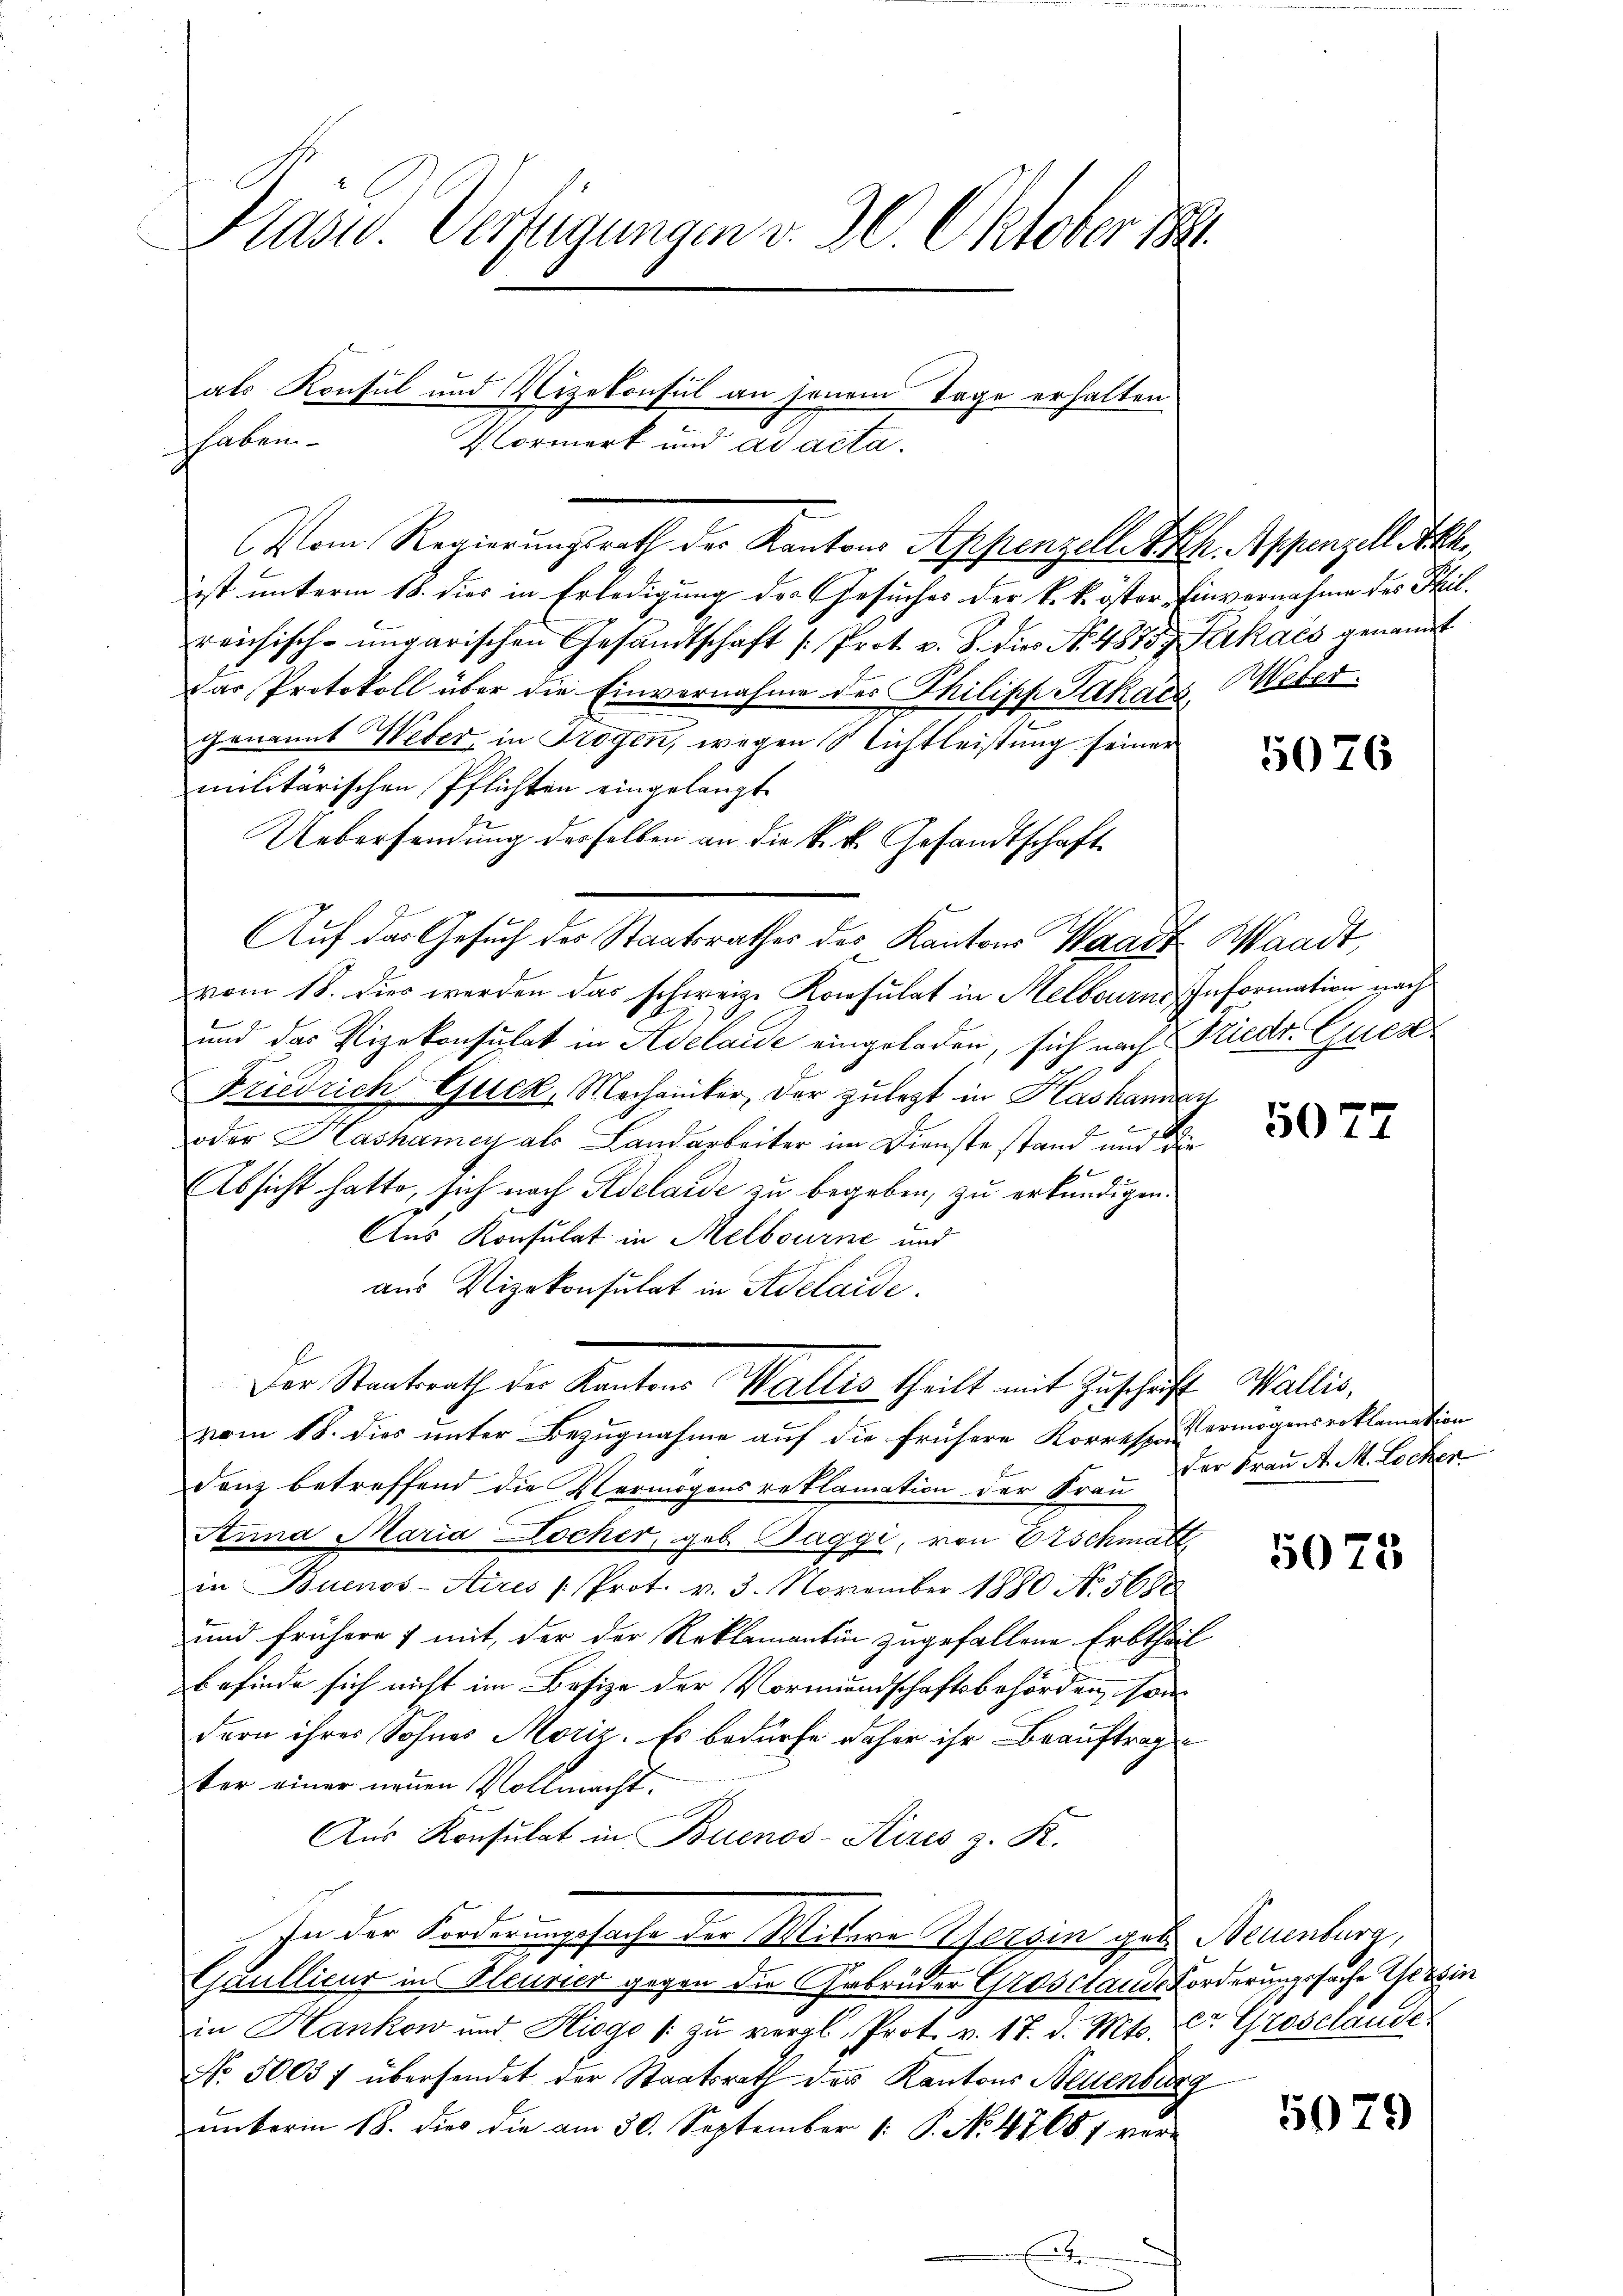
Präsid. Verfügungen v. 30. Oktober 18

Vom Regierungsrath der Kantons Appenzelle kk. Appenzell h
ist unterm 18. dies in Erledigung des Gesuches der k. k. öster Einvernahme des Phil.
reichisch-ungarischen Gesandtschaft (Prot. v. 8. die No. 4875. Furkacs genannt
Das Protokoll über die Einvernahme der Thilipp Jukárz, Meter
genannt Weber, in Trogen, wegen Nichtleistung seiner
militärischen Pflichten eingelangt.
Uebersendung desselben an die k.k. Gesandtschaft
Auf der Gesuch der Staatsrathes der Kantons Waadt Waadt,
vom 18. dies werden das schweiz. Konsulat in Melbourne Information nach
und das Vizekonsulat in Adelause eingeladen, sich nach Friedr. Zues
Friedrich Guck, Mechaniker, der zulegt in Haskamen
oder Hashamey als Landarbeiter im Dienste stand und die
Absicht hatte, sich nach Adelaide zu begeben, zu erkundigen.
Aus Konsulat in Melbourne und
aus Vizekonsulat in Adelaide.
Der Staatsrath der Kantons Wallis theilt mit Zuschaft Wallis,
vom 18. dies unter Bezugnahme auf die frühere Korresp. Vermögensroklamation
danz betreffend die Vermögens reklamation der Frau Der Frau A. M. Lochen
Anna Maria Locher, geb. Baggi, von 6 Eschmatt
in Buenos-Aires Prot. v. 3. November 1880 No 5688
und frühere 7 mit der der Reklamantin zugefallene Erbtheil
befinde sich nicht im Besize der Vormundschaftsbehörden, son
dern ihrer Sohnes Moriz. Es bedürfe daher ihr Beauftragen
ter einer neuen Vollmacht
Aus Konsulat in Buenos-Ayres z. R.
In der Forderungssache der Mitere Versin geb. Neuenburg,
Qaullieur in Pleurier gegen die Gebrüder Grosstande Forderungssache Gesin
in Hankow und Hioge /: zu vergl. Prot. v. 17. d. Mts. Dr. Grosclaude
No 50037 übersendet der Staatsrath der Kantons Neuenburg
unterm 18. dies die am 30. September [ P. No. 47687 ver¬
.

als Konsul und Vizekonsul an jenem Tage erhalten.
haben.
Vormerk und ad acta.

5026

5077

5075

5079